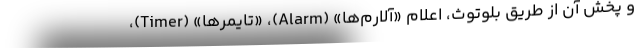
و پخش آن از طریق بلوتوث، اعلام «آلارم‌ها» (Alarm)، «تایمرها» (Timer)،